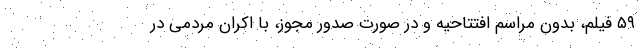
۵۹ فیلم، بدون مراسم افتتاحیه و در صورت صدور مجوز، با اکران مردمی در